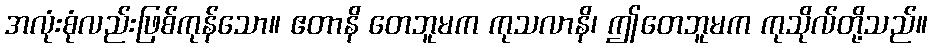
အလုံးစုံလည်းဖြစ်ကုန်သော။ ဧတာနိ တေဘူမက ကုသလာနိ၊ ဤတေဘူမက ကုသိုလ်တို့သည်။